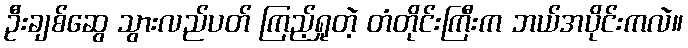
ဦးချစ်ဆွေ သွားလည်ပတ် ကြည့်ရှုတဲ့ တံတိုင်းကြီးက ဘယ်အပိုင်းကလဲ။